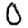
Digit: 0